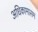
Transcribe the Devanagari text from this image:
अधिकामासम